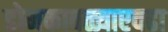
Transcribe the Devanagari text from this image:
डोमकावळ्याएवढा